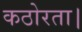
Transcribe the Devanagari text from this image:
कठोरता।